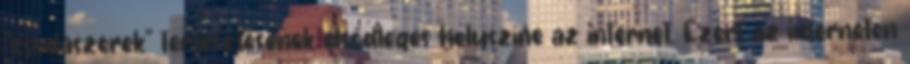
"csodaszerek" terjesztésének elsődleges helyszíne az internet. Ezért az interneten